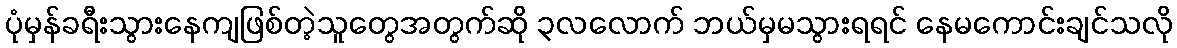
ပုံမှန်ခရီးသွားနေကျဖြစ်တဲ့သူတွေအတွက်ဆို ၃လလောက် ဘယ်မှမသွားရရင် နေမကောင်းချင်သလို